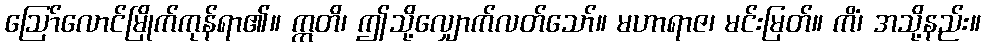
ဩော်လောင်မြိုက်ကုန်ရာ၏။ ဣတိ၊ ဤသို့လျှောက်လတ်သော်။ မဟာရာဇ၊ မင်းမြတ်။ ကိံ၊ အသို့နည်း။